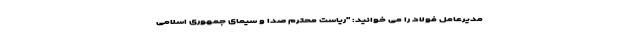
مدیرعامل فولاد را می خوانید: "ریاست محترم صدا و سیمای جمهوری اسلامی